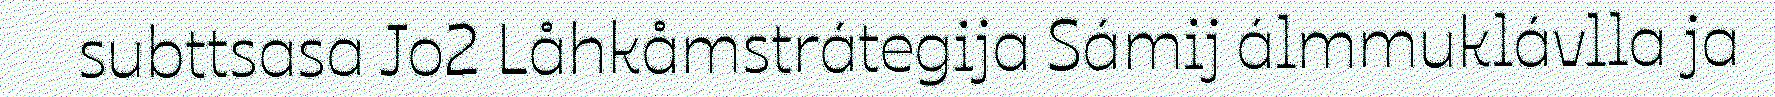
subttsasa Jo2 Låhkåmstrátegija Sámij álmmuklávlla ja